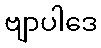
ဗျာပါဒေ